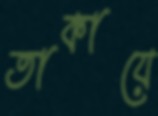
তাকায়ে